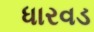
ધારવડ